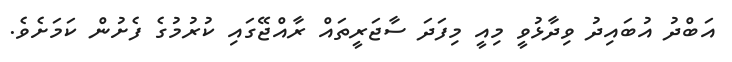
އަބްދު އުބައިދު ވިދާޅުވީ މިއީ މިފަދަ ސާޖަރީތައް ރާއްޖޭގައި ކުރުމުގެ ފެށުން ކަމަށެވެ.